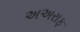
અઅરાફ